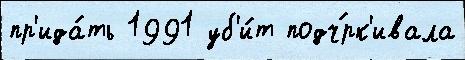
пр'ида́ть 1991 уб'и́т подч́рк'ивала